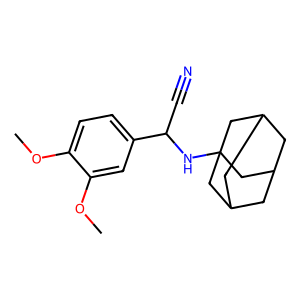
SMILES: COc1ccc(C(C#N)NC23CC4CC(CC(C4)C2)C3)cc1OC
Inhibits HIV replication: No